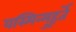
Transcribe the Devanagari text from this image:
यस्मिन्मुहूर्ते